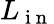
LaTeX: L_{\mathrm{~i~n~}}